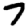
Digit: 7